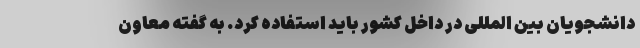
دانشجویان بین المللی در داخل کشور باید استفاده کرد. به گفته معاون